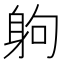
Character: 𨈳